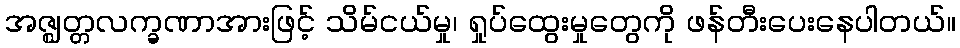
အဇ္ဈတ္တလက္ခဏာအားဖြင့် သိမ်ငယ်မှု၊ ရှုပ်ထွေးမှုတွေကို ဖန်တီးပေးနေပါတယ်။